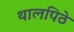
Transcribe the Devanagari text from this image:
थालपिठे